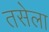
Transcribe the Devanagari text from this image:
तसेला